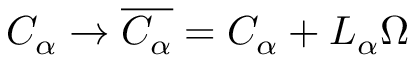
C _ { \alpha } \to \overline { { { C _ { \alpha } } } } = C _ { \alpha } + L _ { \alpha } \Omega